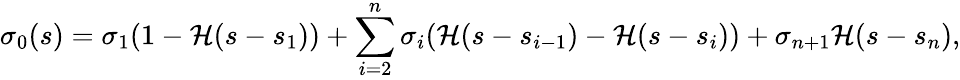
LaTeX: \sigma_{0}(s)=\sigma_{1}(1-\mathcal{H}(s-s_{1}))+\sum_{i=2}^{n}\sigma_{i}(\mathcal{H}(s-s_{i-1})-\mathcal{H}(s-s_{i}))+\sigma_{n+1}\mathcal{H}(s-s_{n}),